Annual statistical returns and brief notes on vaccination in Bengal - 1887-1898
Year: 1887
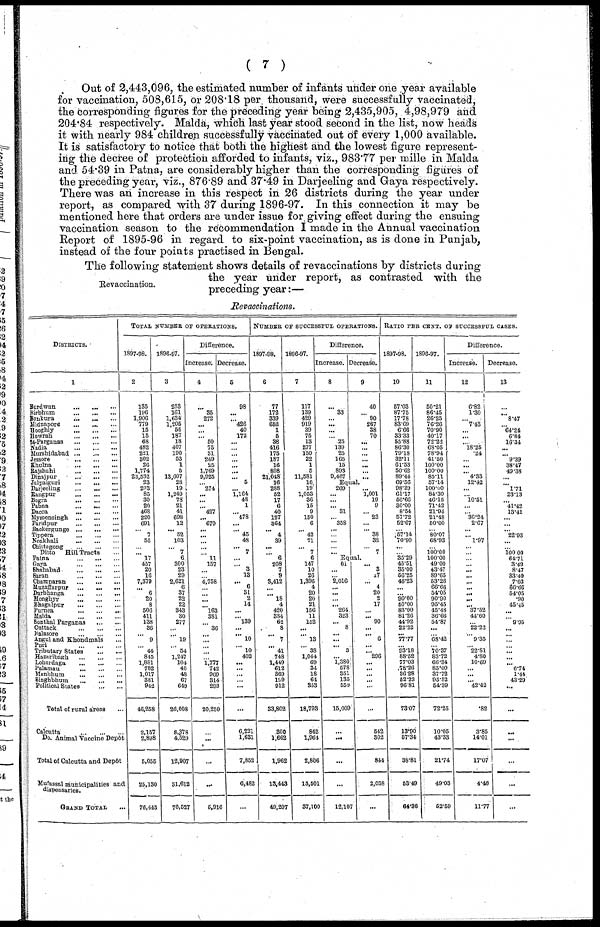
( 7 )
Out of 2,443,096, the estimated number of infants under one year available
for vaccination, 508,615, or 208.18 per thousand, were successfully vaccinated,
the corresponding figures for the preceding year being 2,435,905, 4,98,979 and
204.84 respectively. Malda, which last year stood second in the list, now heads
it with nearly 984 children successfully vaccinated out of every 1,000 available.
It is satisfactory to notice that both the highest and the lowest figure represent-
ing the decree of protection afforded to infants, viz., 983.77 per mille in Malda
and 54.39 in Patna, are considerably higher than the corresponding figures of
the preceding year, viz., 876.89 and 37.49 in Darjeeling and Gaya respectively.
There was an increase in this respect in 26 districts during the year under
report, as compared with 37 during 1896-97. In this connection it may be
mentioned here that orders are under issue for giving effect during the ensuing
vaccination season to the recommendation I made in the Annual vaccination
Report of 1895-96 in regard to six-point vaccination, as is done in Punjab,
instead of the four points practised in Bengal.
Revaccination.
The following statement shows details of revaccinations by districts during
the year under report, as contrasted with the
preceding year:—
Revaccinations.
DISTRICTS.
1
Burdwan
...
...
...
Birbhum
...
...
...
Bankura
...
...
...
Midnapore ... ... ...
Hooghly ... ... ...
Howrah
...
...
...
24-Parganas
...
...
...
Nadia
...
...
...
Murshidabad
...
...
...
Jessore
...
...
...
Khulna
...
...
...
Rajshahi
...
...
...
Dinajpur
...
...
...
Jalpaiguri ... ... ...
Darjeeling
...
...
...
Rangpur
...
...
...
Bogra
...
...
...
Pabna
...
...
...
Dacca
...
...
...
Mymensingh
...
...
...
Faridpur ... ... ...
Backergunge
...
...
...
Tippera
...
...
...
Noakhali
...
...
...
Chittagong
...
...
...
Ditto
Hill Tracts ...
Patna
...
...
...
Gaya
...
...
...
Shahabad
...
...
...
Saran
...
...
...
Champaran
...
...
...
Muzaffarpur
...
...
...
Darbhanga
...
...
...
Monghyr
...
...
...
Bhagalpur
...
...
...
Purnea
...
...
...
Malda
...
...
...
Sonthal Parganas
...
...
Cuttack
...
...
...
Balasore
...
...
...
Angul and Khondmals ...
Puri
...
...
...
Tributary States
...
...
Hazaribagh
...
...
...
Lohardaga
...
...
...
Palamau
...
...
...
Manbhum
...
...
...
Singhbhum
...
...
...
Political States
...
...
Total of rural areas ...
Calcutta
...
...
...
Do. Animal Vaccine Depôt
Total of Calcutta and Depôt
Mufassal municipalities and
dispensaries.
GRAND TOTAL ...
TOTAL NUMBER OF OPERATIONS.
1897-98.
2
135
196
1,906
779
15
15
68
482
221
302
26
1,774
23,532
23
293
85
30
20
468
220
691
...
7
55
...
. .. 17
457
20
16
7,379
... 6
20
8
506
411
138
36
... 9
...
44
845
1,881
782
1,017
381
942
46,258
2,157
2,898
5,055
25,130
76,443
1896-97.
3
233
161
1,634
1,205
55
187
18
407
190
53
1
5
13,607
28
19
1,249
78
21
41
698
12
...
52
103
... 7
6
300
23
29
2,621
6
37
22
22
343
30
277
...
...
19
...
54
1,247
104
40
48
67
649
26,008
8,378
4,529
12,907
31,612
70,527
Difference.
Increase.
4
...
35
272
...
...
... 60
75
31
249
25
1,769
9,925
...
274
...
...
... 427
... 679
...
...
...
...
... 11
157
...
...
4,758
...
...
...
...
163
381
...
36
...
...
...
...
...
1,777
742
969
314
293
20,250
...
...
...
...
5,916
Decrease.
5
98
...
...
426
40
172
...
...
. ..
...
...
...
...
5
...
1,164
48
1
...
478
...
... 45
48
... 7
...
... 3
13
...
6
31
2
14
. ..
... 139
...
... 10
... 10
402
...
...
...
...
...
...
6,221
1,631
7,852
6,482
...
NUMBER OF SUCCESSFUL OPERATIONS.
1897-98.
6
77
172
339
652
1
5
38
416
175
187
16
898
21,048
16
288
52
17
6
40
127
364
... 4
39
...
... 6
208
7
9
3,412
...
...
18
4
420
334
62
8
...
7
...
41
748
1,449
612
369
199
912
33,802
300
1,662
1,962
13,443
49,207
1896-97.
7
117
139
429
919
39
75
13
277
150
22
1
6
11,581
16
19
1,053
36
15
9
150
6
... 42
71
... 7
6
147
10
26
1,396
4
20
20
21
156
11
152
... ...
13
...
38
1,044
69
34
18
64
353
18,793
842
1,961
2,806
16,501
37,100
Difference.
Increase.
8
...
33
...
...
...
...
25
139
25
165
15
893
9,467
Decrease.
9
40
...
90
267
38
70
...
...
...
...
...
...
...
Equal.
269
...
...
... 31
...
358
...
...
...
...
...
... 1,001
19
9
... 23
...
... 38
32
...
7
Equal.
61
...
...
2,016
...
...
...
... 264
323
... 8
...
...
... 3
... 1,380
578
351
135
559
15,009
...
...
...
...
12,107
... 3
17
... 4
20
2
17
...
... 90
...
... 6
...
... 296
...
...
...
...
...
...
542
302
844
2,058
...
RATIO PER CENT. OF SUCCESSFUL CASES.
1897-98.
10
57.03
87.75
17.78
83.69
6.66
33.33
55.88
86.30
79.18
32.11
61.53
50.62
89.44
69.56
98.29
51.17
56.66
30.00
8.54
57.72
52.67
...
57.14
70.90
...
...
35.29
45.51
35.00
56.25
46.23
...
...
90.00
50.00
83.00
81.26
44.92
22.22
... 77.77
... 93.18
88.52
77.03
78.26
36.28
52.23
96.81
73.07
13.90
57.34
38.81
53.49
64.36
1896-97.
11
50.21
86.45
26.25
76.26
70.90
40.17
72.22
68.05
78.94
41.50
100.00
100.00
85.11
57.14
100.00
84.30
46.15
71.42
21.95
21.48
50.00
...
80.07
68.93
...
100.00
100.00
49.00
43.47
89.65
53.26
66.66
54.05
90.90
95.45
45.48
36.66
54.87
...
...
68.42
...
70.37
83.72
66.34
85.00
37.72
95.52
54.39
72.25
10.05
43.33
21.74
49.03
52.59
Difference.
Increase.
12
6.82
1.30
...
7.43
...
...
...
18.25
.24
...
. ..
... 4.33
12.42
...
...
10.51
...
...
36.24
2.67
...
... 1.97
...
...
...
...
...
...
...
...
...
...
... 37.52
44.60
...
22.22
... 9.35
...
22.81
4.80
10.69
...
...
...
42.42
.82
3.85
14.01
17.07
4.46
11.77
Decrease.
13
...
...
8.47
...
64.24
6.84
16.34
...
... 9.39
38.47
49.38
...
... 1.71
23.13
... 41.42
13.41
...
...
...
22.93
...
... 100.00
64.71
3.43
8.47
33.40
7.03
66.66
54.05
.90
45.45
9.95
...
...
...
...
...
...
... 6.74
1.44
43.29
...
...
...
...
...
...